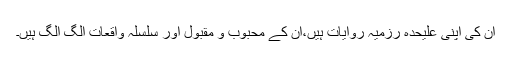
ان کی اپنی علیحدہ رزمیہ روایات ہیں،ان کے محبوب و مقبول اور سلسلہ واقعات الگ الگ ہیں۔